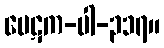
ပေဋက-ပါ-၃၁၇။